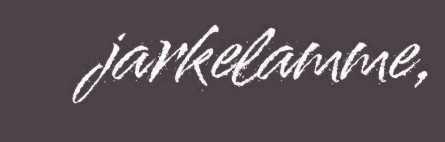
jarkelamme,